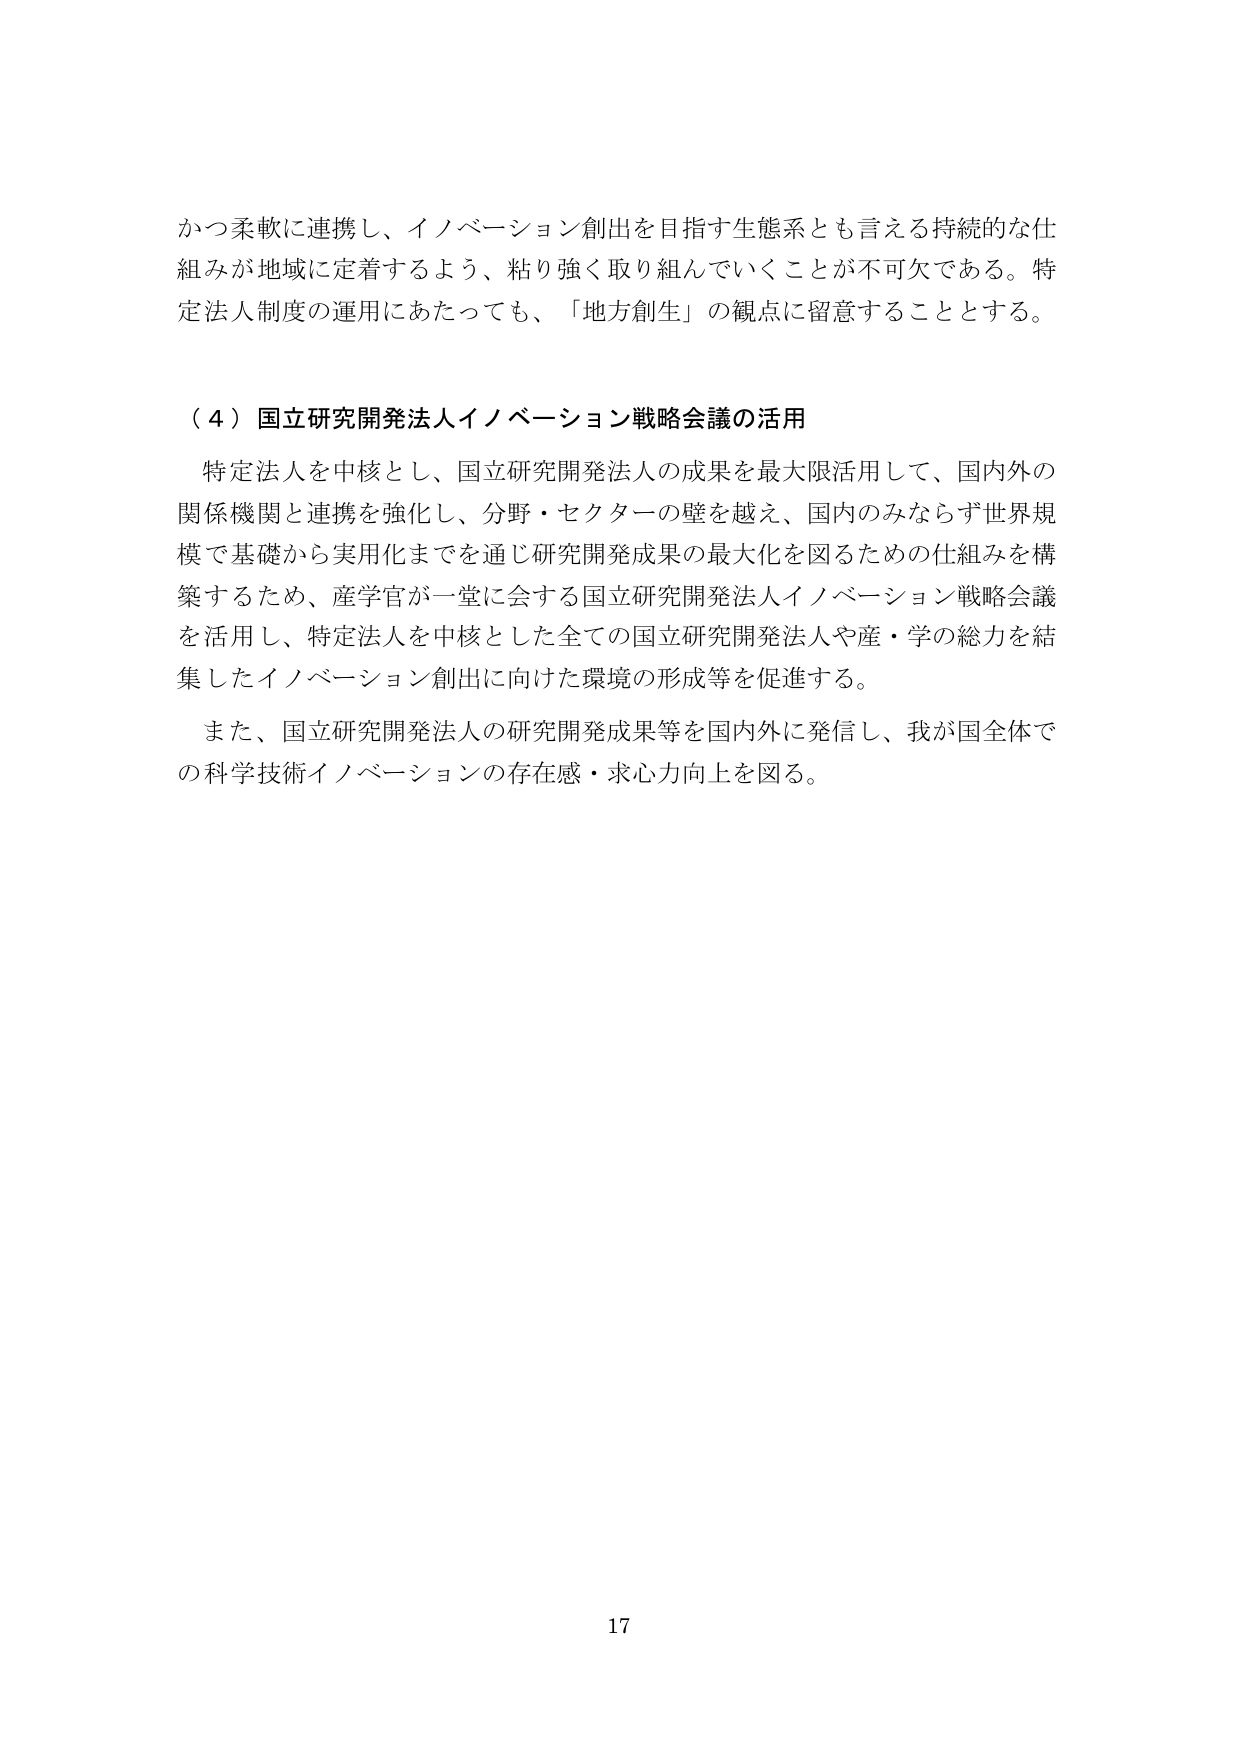
かつ柔軟に連携し、イノベーション創出を目指す生態系とも言える持続的な仕組みが地域に定着するよう、粘り強く取り組んでいくことが不可欠である。特定法人制度の運用にあたっても、「地方創生」の観点に留意することとする。

（４）国立研究開発法人イノベーション戦略会議の活用

特定法人を中核とし、国立研究開発法人の成果を最大限活用して、国内外の関係機関と連携を強化し、分野・セクターの壁を越え、国内のみならず世界規模で基礎から実用化までを通じ研究開発成果の最大化を図るための仕組みを構築するため、産学官が一堂に会する国立研究開発法人イノベーション戦略会議を活用し、特定法人を中核とした全ての国立研究開発法人や産・学の総力を結集したイノベーション創出に向けた環境の形成等を促進する。

また、国立研究開発法人の研究開発成果等を国内外に発信し、我が国全体での科学技術イノベーションの存在感・求心力向上を図る。

17